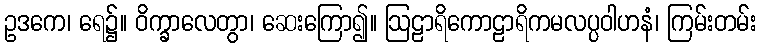
ဥဒကေ၊ ရေ၌။ ဝိက္ခာလေတွာ၊ ဆေးကြော၍။ ဩဠာရိကောဠာရိကမလပ္ပဝါဟနံ၊ ကြမ်းတမ်း